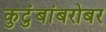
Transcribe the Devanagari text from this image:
कुटुंबांबरोबर